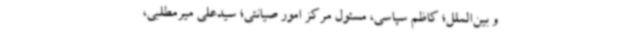
و بین‌الملل؛ کاظم سپاسی، مسئول مرکز امور صیانتی؛ سیدعلی میرمطلبی،